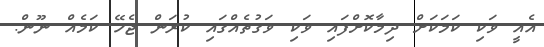
އެއީ ވަކި ކަމަކަށް ދިމާކޮށްފައި ވަކި ވަގުތެއްގައި ކުރަން ޖެހޭ ކަމެއް ނޫން.